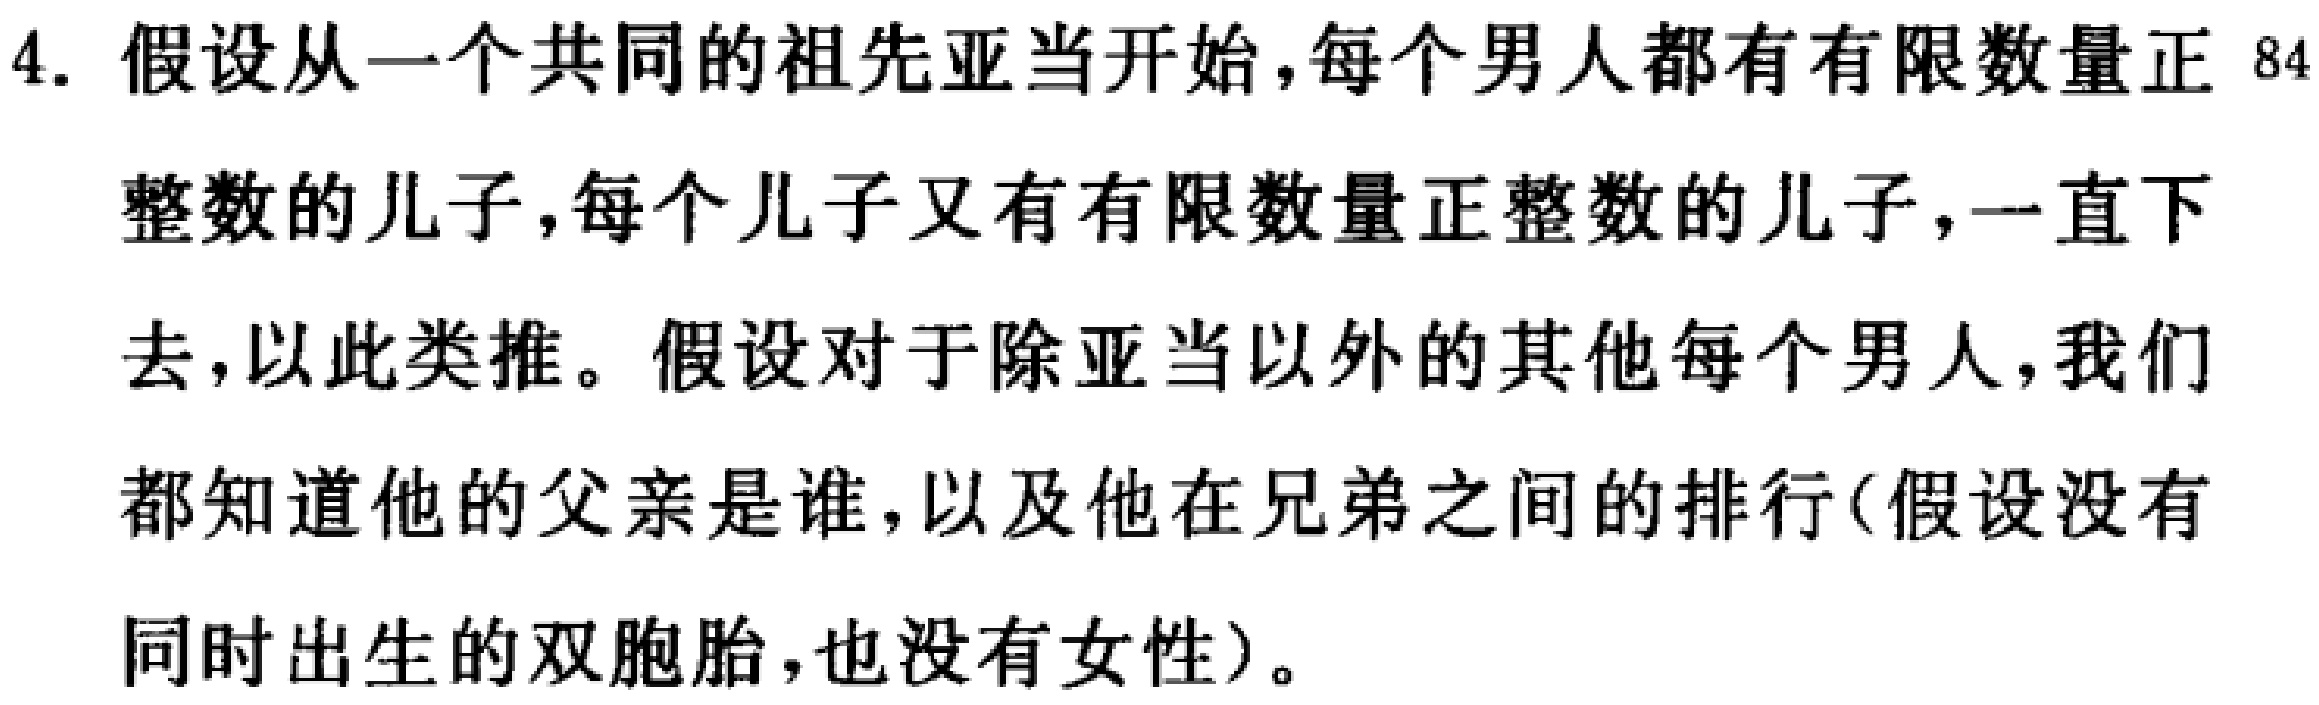
4. 假设从一个共同的祖先亚当开始，每个男人都有有限数量正整数的儿子，每个儿子又有有限数量正整数的儿子，一直下去，以此类推。假设对于除亚当以外的其他每个男人，我们都知道他的父亲是谁，以及他在兄弟之间的排行（假设没有同时出生的双胞胎，也没有女性）。